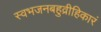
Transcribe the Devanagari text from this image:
स्वभजनबहुव्रीहिकारं